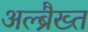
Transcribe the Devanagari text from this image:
अल्ब्रैख्त